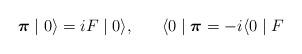
LaTeX: \begin{align*}\textup{\boldmath $\pi$} \mid 0 \rangle = iF\mid 0 \rangle ,\; \; \; \; \; \; \langle 0 \mid \textup{\boldmath $\pi$} = -i \langle 0 \mid F \end{align*}